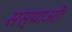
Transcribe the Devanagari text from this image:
संस्थाओं।